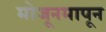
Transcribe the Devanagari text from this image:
मोजूनमापून